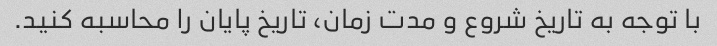
با توجه به تاریخ شروع و مدت زمان، تاریخ پایان را محاسبه کنید.